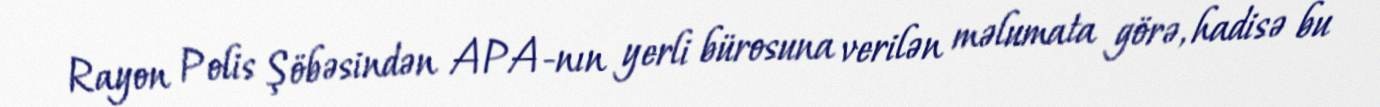
Rayon Polis Şöbəsindən APA-nın yerli bürosuna verilən məlumata görə, hadisə bu